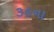
૩૯ના